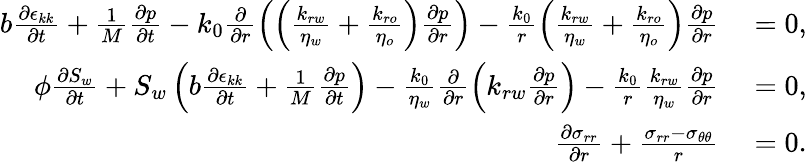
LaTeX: \begin{array}{rl}{b\frac{\partial\epsilon_{kk}}{\partial t}+\frac{1}{M}\frac{\partial p}{\partial t}-k_{0}\frac{\partial}{\partial r}\left(\left(\frac{k_{rw}}{\eta_{w}}+\frac{k_{ro}}{\eta_{o}}\right)\frac{\partial p}{\partial r}\right)-\frac{k_{0}}{r}\left(\frac{k_{rw}}{\eta_{w}}+\frac{k_{ro}}{\eta_{o}}\right)\frac{\partial p}{\partial r}}&{{}=0,}\\ {\phi\frac{\partial S_{w}}{\partial t}+S_{w}\left(b\frac{\partial\epsilon_{kk}}{\partial t}+\frac{1}{M}\frac{\partial p}{\partial t}\right)-\frac{k_{0}}{\eta_{w}}\frac{\partial}{\partial r}\left(k_{rw}\frac{\partial p}{\partial r}\right)-\frac{k_{0}}{r}\frac{k_{rw}}{\eta_{w}}\frac{\partial p}{\partial r}}&{{}=0,}\\ {\frac{\partial\sigma_{rr}}{\partial r}+\frac{\sigma_{rr}-\sigma_{\theta\theta}}{r}}&{{}=0.}\end{array}